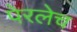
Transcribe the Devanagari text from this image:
पेरलेच